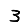
Digit: 3